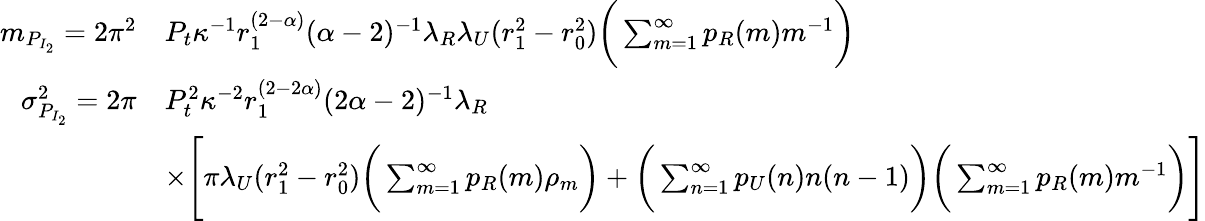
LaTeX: \begin{array}{rl}{m_{P_{I_{2}}}=2\pi^{2}}&{P_{t}\kappa^{-1}r_{1}^{(2-\alpha)}(\alpha-2)^{-1}\lambda_{R}\lambda_{U}(r_{1}^{2}-r_{0}^{2})\bigg(\sum_{m=1}^{\infty}p_{R}(m)m^{-1}\bigg)}\\ {\sigma_{P_{I_{2}}}^{2}=2\pi}&{P_{t}^{2}\kappa^{-2}r_{1}^{(2-2\alpha)}(2\alpha-2)^{-1}\lambda_{R}}\\ &{\times\Bigg[\pi\lambda_{U}(r_{1}^{2}-r_{0}^{2})\bigg(\sum_{m=1}^{\infty}p_{R}(m)\rho_{m}\bigg)+\bigg(\sum_{n=1}^{\infty}p_{U}(n)n(n-1)\bigg)\bigg(\sum_{m=1}^{\infty}p_{R}(m)m^{-1}\bigg)\Bigg]}\end{array}